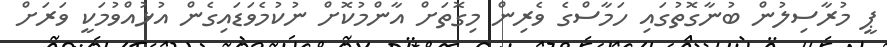
ޕީ މުރާސިލުން ބުނާގޮތުގައި ހަމާސްގެ ވެރިން މިގޮތަށް އާންމުކޮށް ނުކުމެވަޑައިގެން އުޅުއްވުމަކީ ވަރަށް